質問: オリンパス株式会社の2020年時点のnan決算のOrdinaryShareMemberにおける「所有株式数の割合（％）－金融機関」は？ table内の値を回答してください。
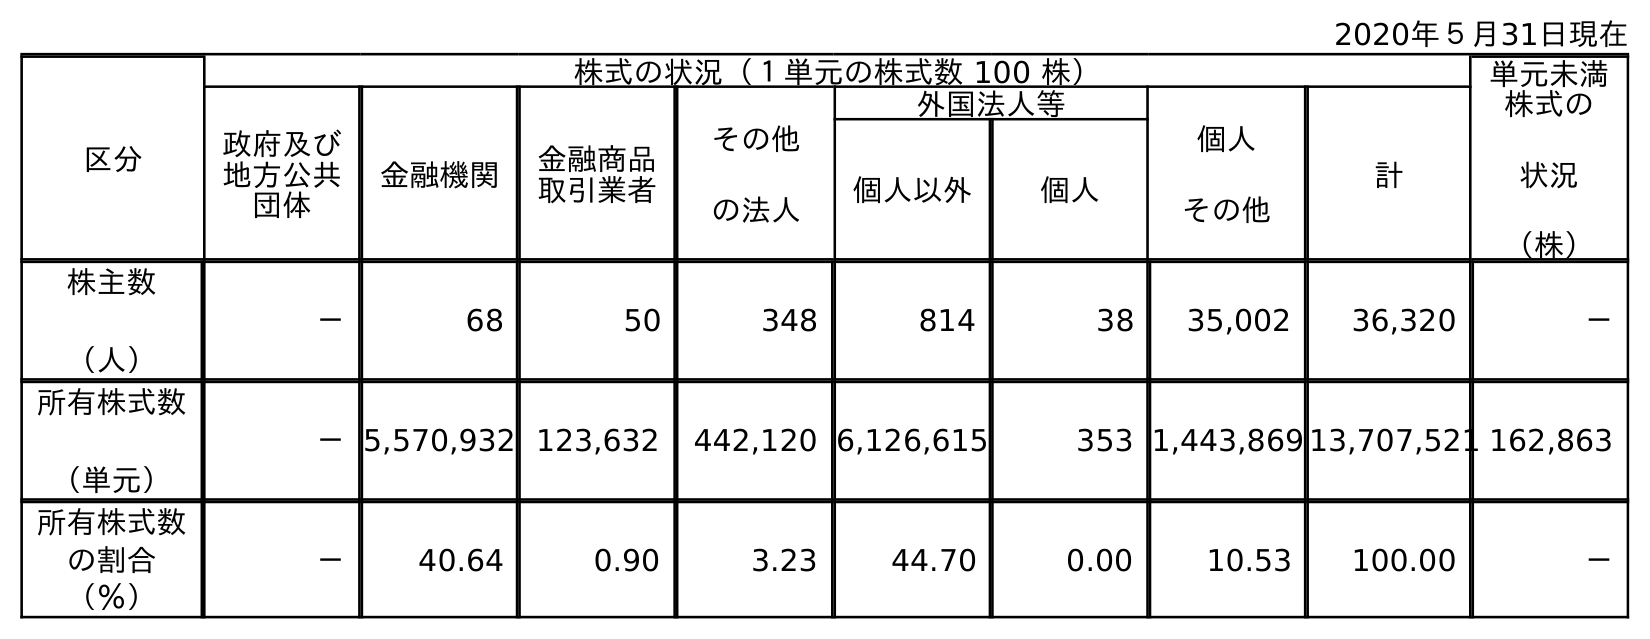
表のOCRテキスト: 2020年５月31日現在 区分 株式の状況（１単元の株式数 100 株） 単元未満 株式の 状況 （株） 政府及び 地方公共 団体 金融機関 金融商品 取引業者 その他 の法人 外国法人等 個人 その他 計 個人以外 個人 株主数 （人） － 68 50 348 814 38 35,002 36,320 － 所有株式数 （単元） －5,570,932 123,632 442,120 6,126,615 353 1,443,869 13,707,521 162,863 所有株式数 の割合 （％） － 40.64 0.90 3.23 44.70 0.00 10.53 100.00 －
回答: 40.64